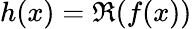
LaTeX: h(x)=\Re{(f(x))}